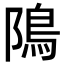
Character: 隝